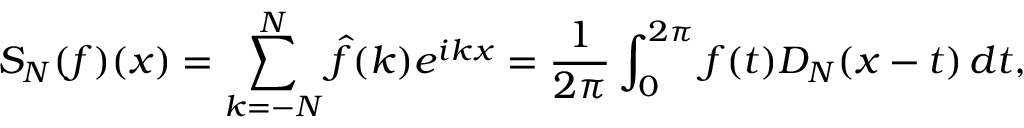
S _ { N } ( f ) ( x ) = \sum _ { k = - N } ^ { N } { \hat { f } } ( k ) e ^ { i k x } = { \frac { 1 } { 2 \pi } } \int _ { 0 } ^ { 2 \pi } f ( t ) D _ { N } ( x - t ) \, d t ,